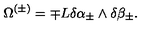
\Omega ^ { ( \pm ) } = \mp L \delta \alpha _ { \pm } \wedge \delta \beta _ { \pm } .